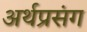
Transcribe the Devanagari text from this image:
अर्थप्रसंग